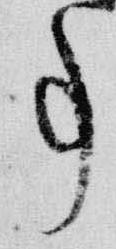
事